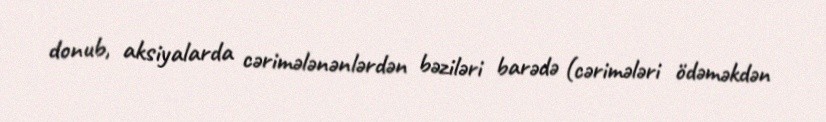
donub, aksiyalarda cərimələnənlərdən bəziləri barədə (cərimələri ödəməkdən